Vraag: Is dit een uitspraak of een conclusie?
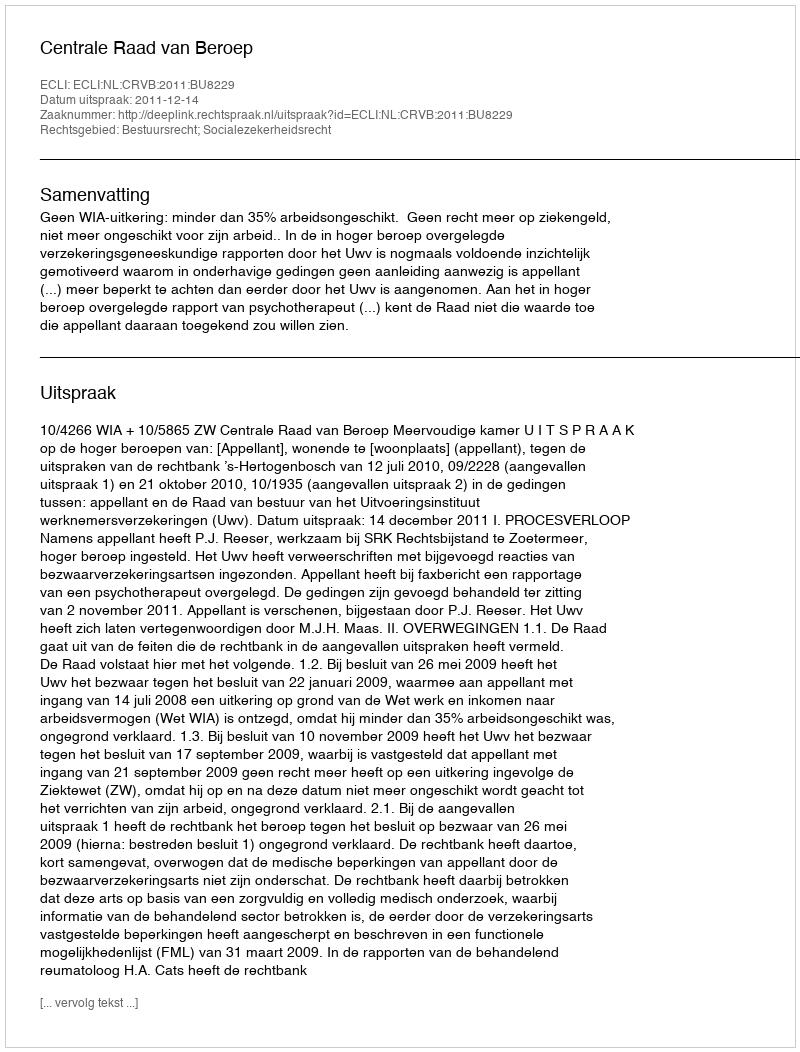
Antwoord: Uitspraak